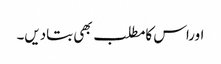
اوراس کامطلب بھی بتادیں۔